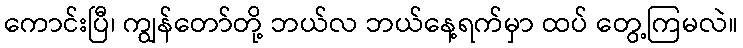
ကောင်းပြီ၊ ကျွန်တော်တို့ ဘယ်လ ဘယ်နေ့ရက်မှာ ထပ် တွေ့ကြမလဲ။